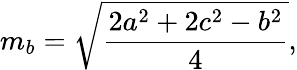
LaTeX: m_{b}={\sqrt{\frac{2a^{2}+2c^{2}-b^{2}}{4}}},